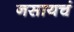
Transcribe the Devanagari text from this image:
नसायचं